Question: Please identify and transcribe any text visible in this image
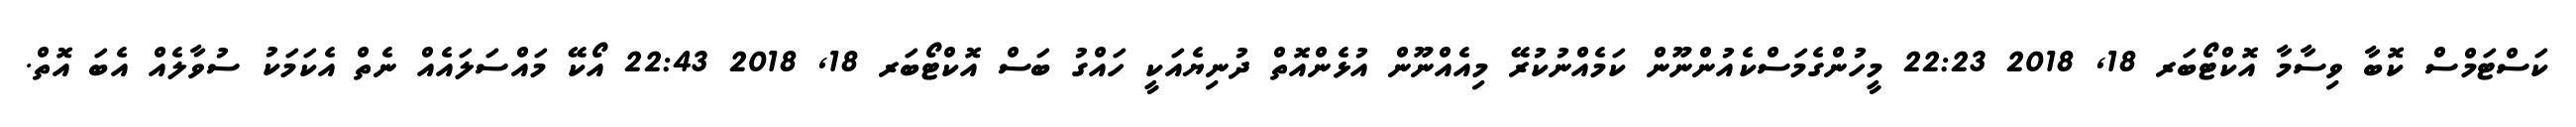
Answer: ކަސްޓަމްސް ކޮބާ ވިސާމާ އޮކްޓޯބަރ 18, 2018 22:23 މީހުންގެމަސްކެއުންނޫން ކަމެއްނުކުރޭ މިއެއްނޫން އުޅެންއޮތް ދުނިޔެއަކީ ހައްގު ބަސް އޮކްޓޯބަރ 18, 2018 22:43 އޯކޭ މައްސަލައެއް ނެތް އެކަމަކު ސުވާލެއް އެބަ އޮތް.